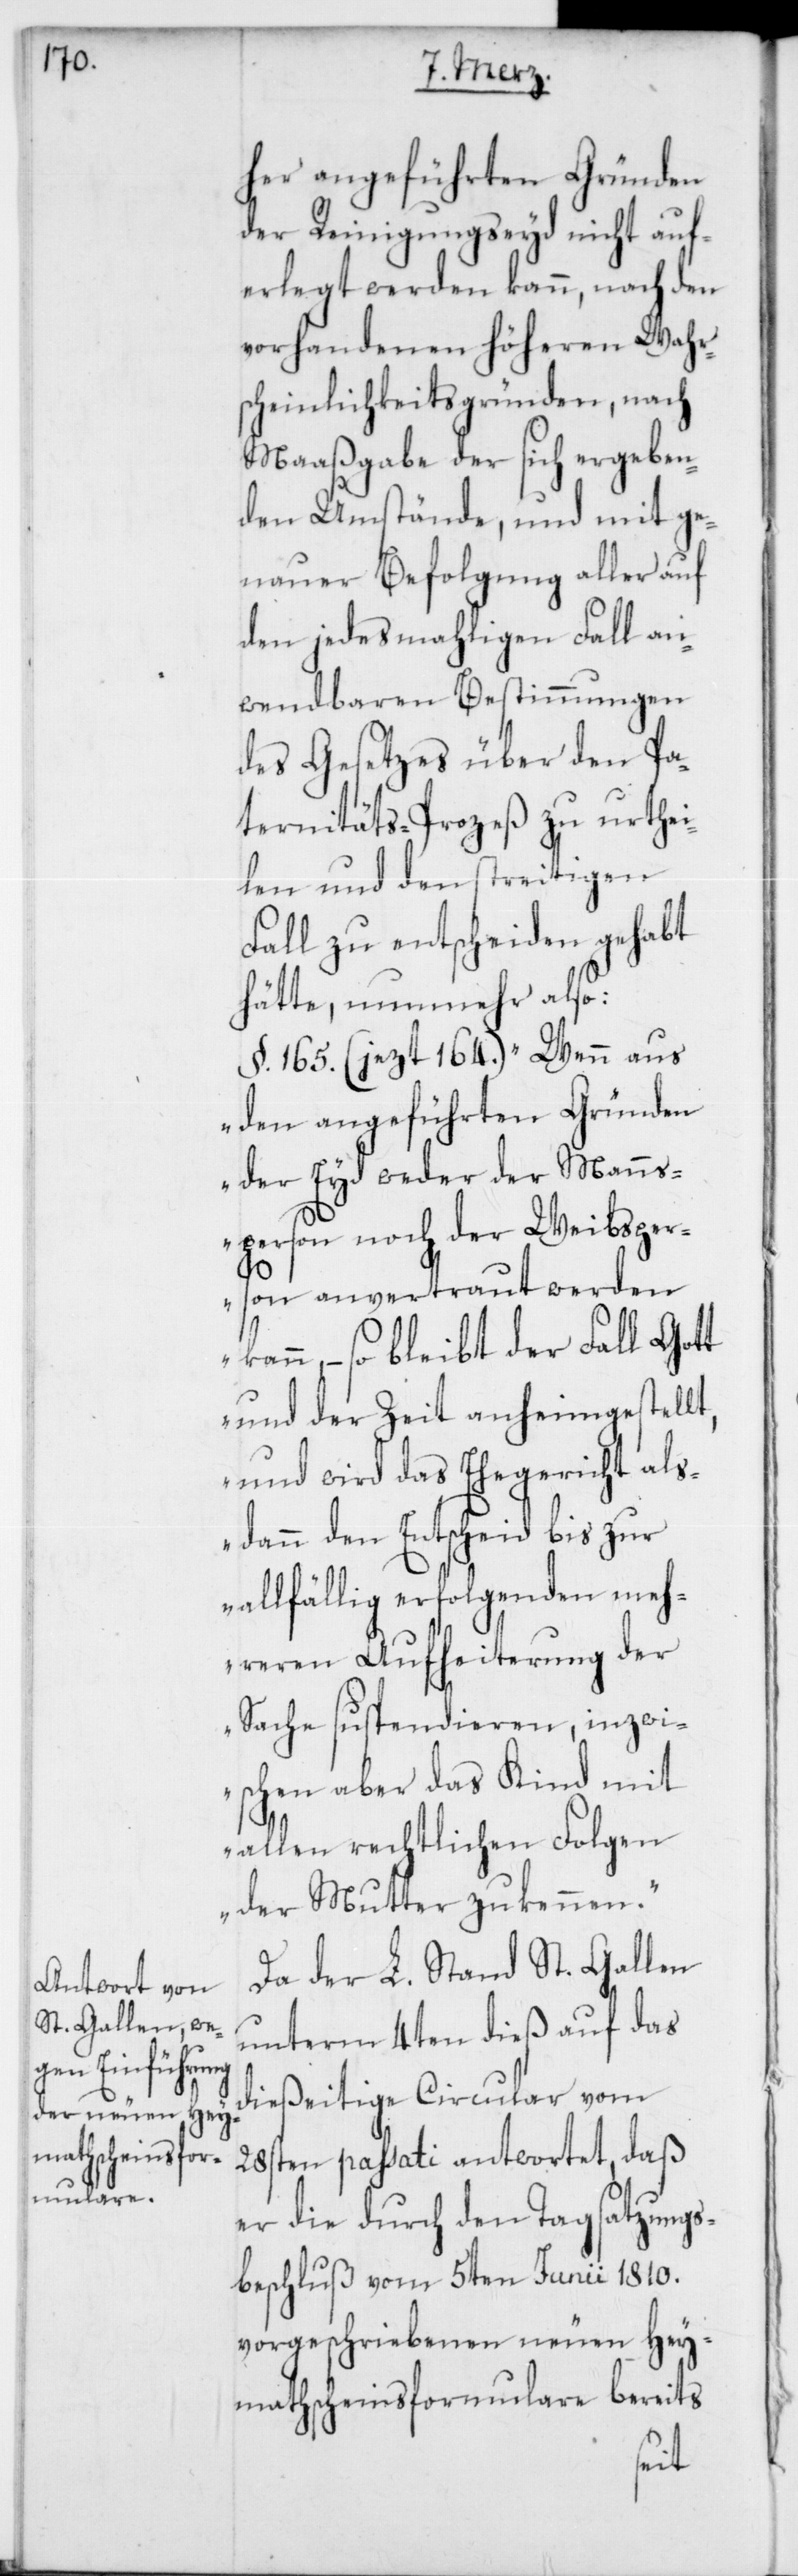
her angeführten Gründen
der Reinigungseyd nicht auf¬
erlegt werden kann, nach den
vorhandenen höheren Wahrs¬
cheinlichkeitsgründen, nach
Maaßgabe der sich ergeben¬
den Umstände, und mit ge¬
nauer Befolgung aller auf
den jedesmahligen Fall an¬
wendbaren Bestimmungen
des Gesetzes über den Pa¬
ternitäts-Prozeß zu urthei¬
len und den streitigen
Fall zu entscheiden gehabt
hätte, nunmehr also:
§. 165. (jezt 164.) „Wenn aus
den angeführten Gründen
der Eyd weder der Manns¬
person noch der Weibsper¬
son anvertraut werden
kann, – so bleibt der Fall Gott
und der Zeit anheimgestellt,
und wird das Ehegericht als¬
dann den Entscheid bis zur
allfällig erfolgenden meh¬
reren Aufheiterung der
Sache suspendieren, inzwi¬
schen aber das Kind mit
allen rechtlichen Folgen
der Mutter zukennen.“
Da der L. Stand St. Gallen
unterm 4ten dieß auf das
dießeitige Circular vom
28sten passati antwortet, daß
er die durch den Tagsatzungs¬
beschluß vom 5ten Junii 1810.
vorgeschriebenen neuen Hey¬
mathscheinsformulare bereits